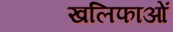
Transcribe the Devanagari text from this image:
खलिफाओं